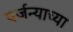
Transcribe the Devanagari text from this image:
पर्जन्याच्या